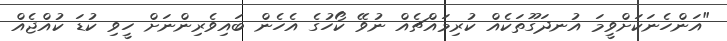
"އަންހެނަކަށްވީމަ އުނދަގޫތަކެއް ކުރިމައްޗެއް ނުވޭ ކޯހުގެ އެހެން ބައިވެރިންނަށް ހީވި ކުޑަ ކުއްޖެއް